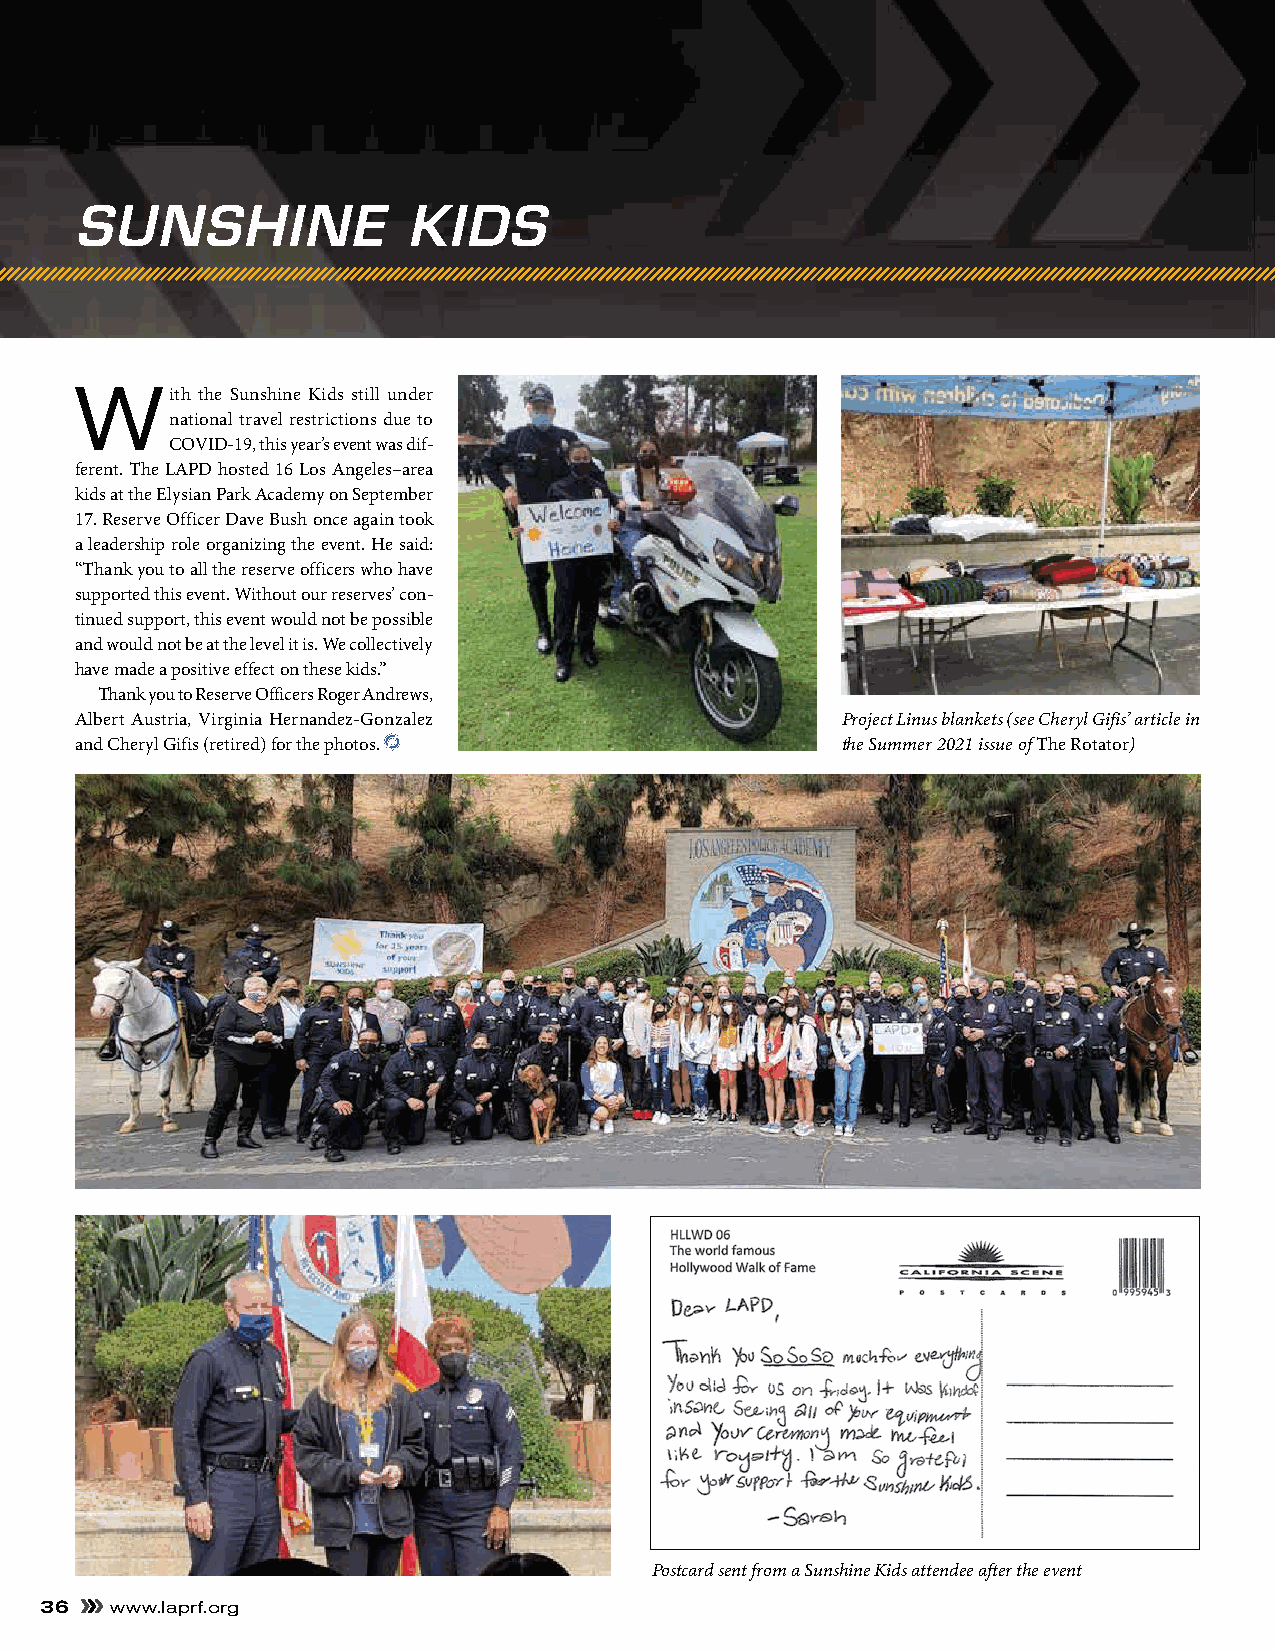
SUNSHINE              KIDS
 With    the Sunshine Kids still under
 national travel restrictions due to
 COVID-19, this year’s event was dif-
 ferent. The LAPD hosted 16 Los Angeles–area
 kids at the Elysian Park Academy on September
 17. Reserve Officer Dave Bush once again took
 a leadership role organizing the event. He said:
 “Thank you to all the reserve officers who have
 supported this event. Without our reserves’ con-
 tinued support, this event would not be possible
 and would not be at the level it is. We collectively
 have made a positive effect on these kids.”
 Thank you to Reserve Officers Roger Andrews,
 Albert Austria, Virginia Hernandez-Gonzalez        Project Linus blankets (see Cheryl Gifis’ article in
 and Cheryl Gifis (retired) for the photos.         the Summer 2021 issue of The Rotator)
 Postcard sent from a Sunshine Kids attendee after the event
 36  www.laprf.org